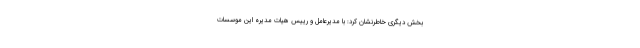
بخش دیگری خاطرنشان کرد: با مدیرعامل و رییس هیات مدیره این موسسات